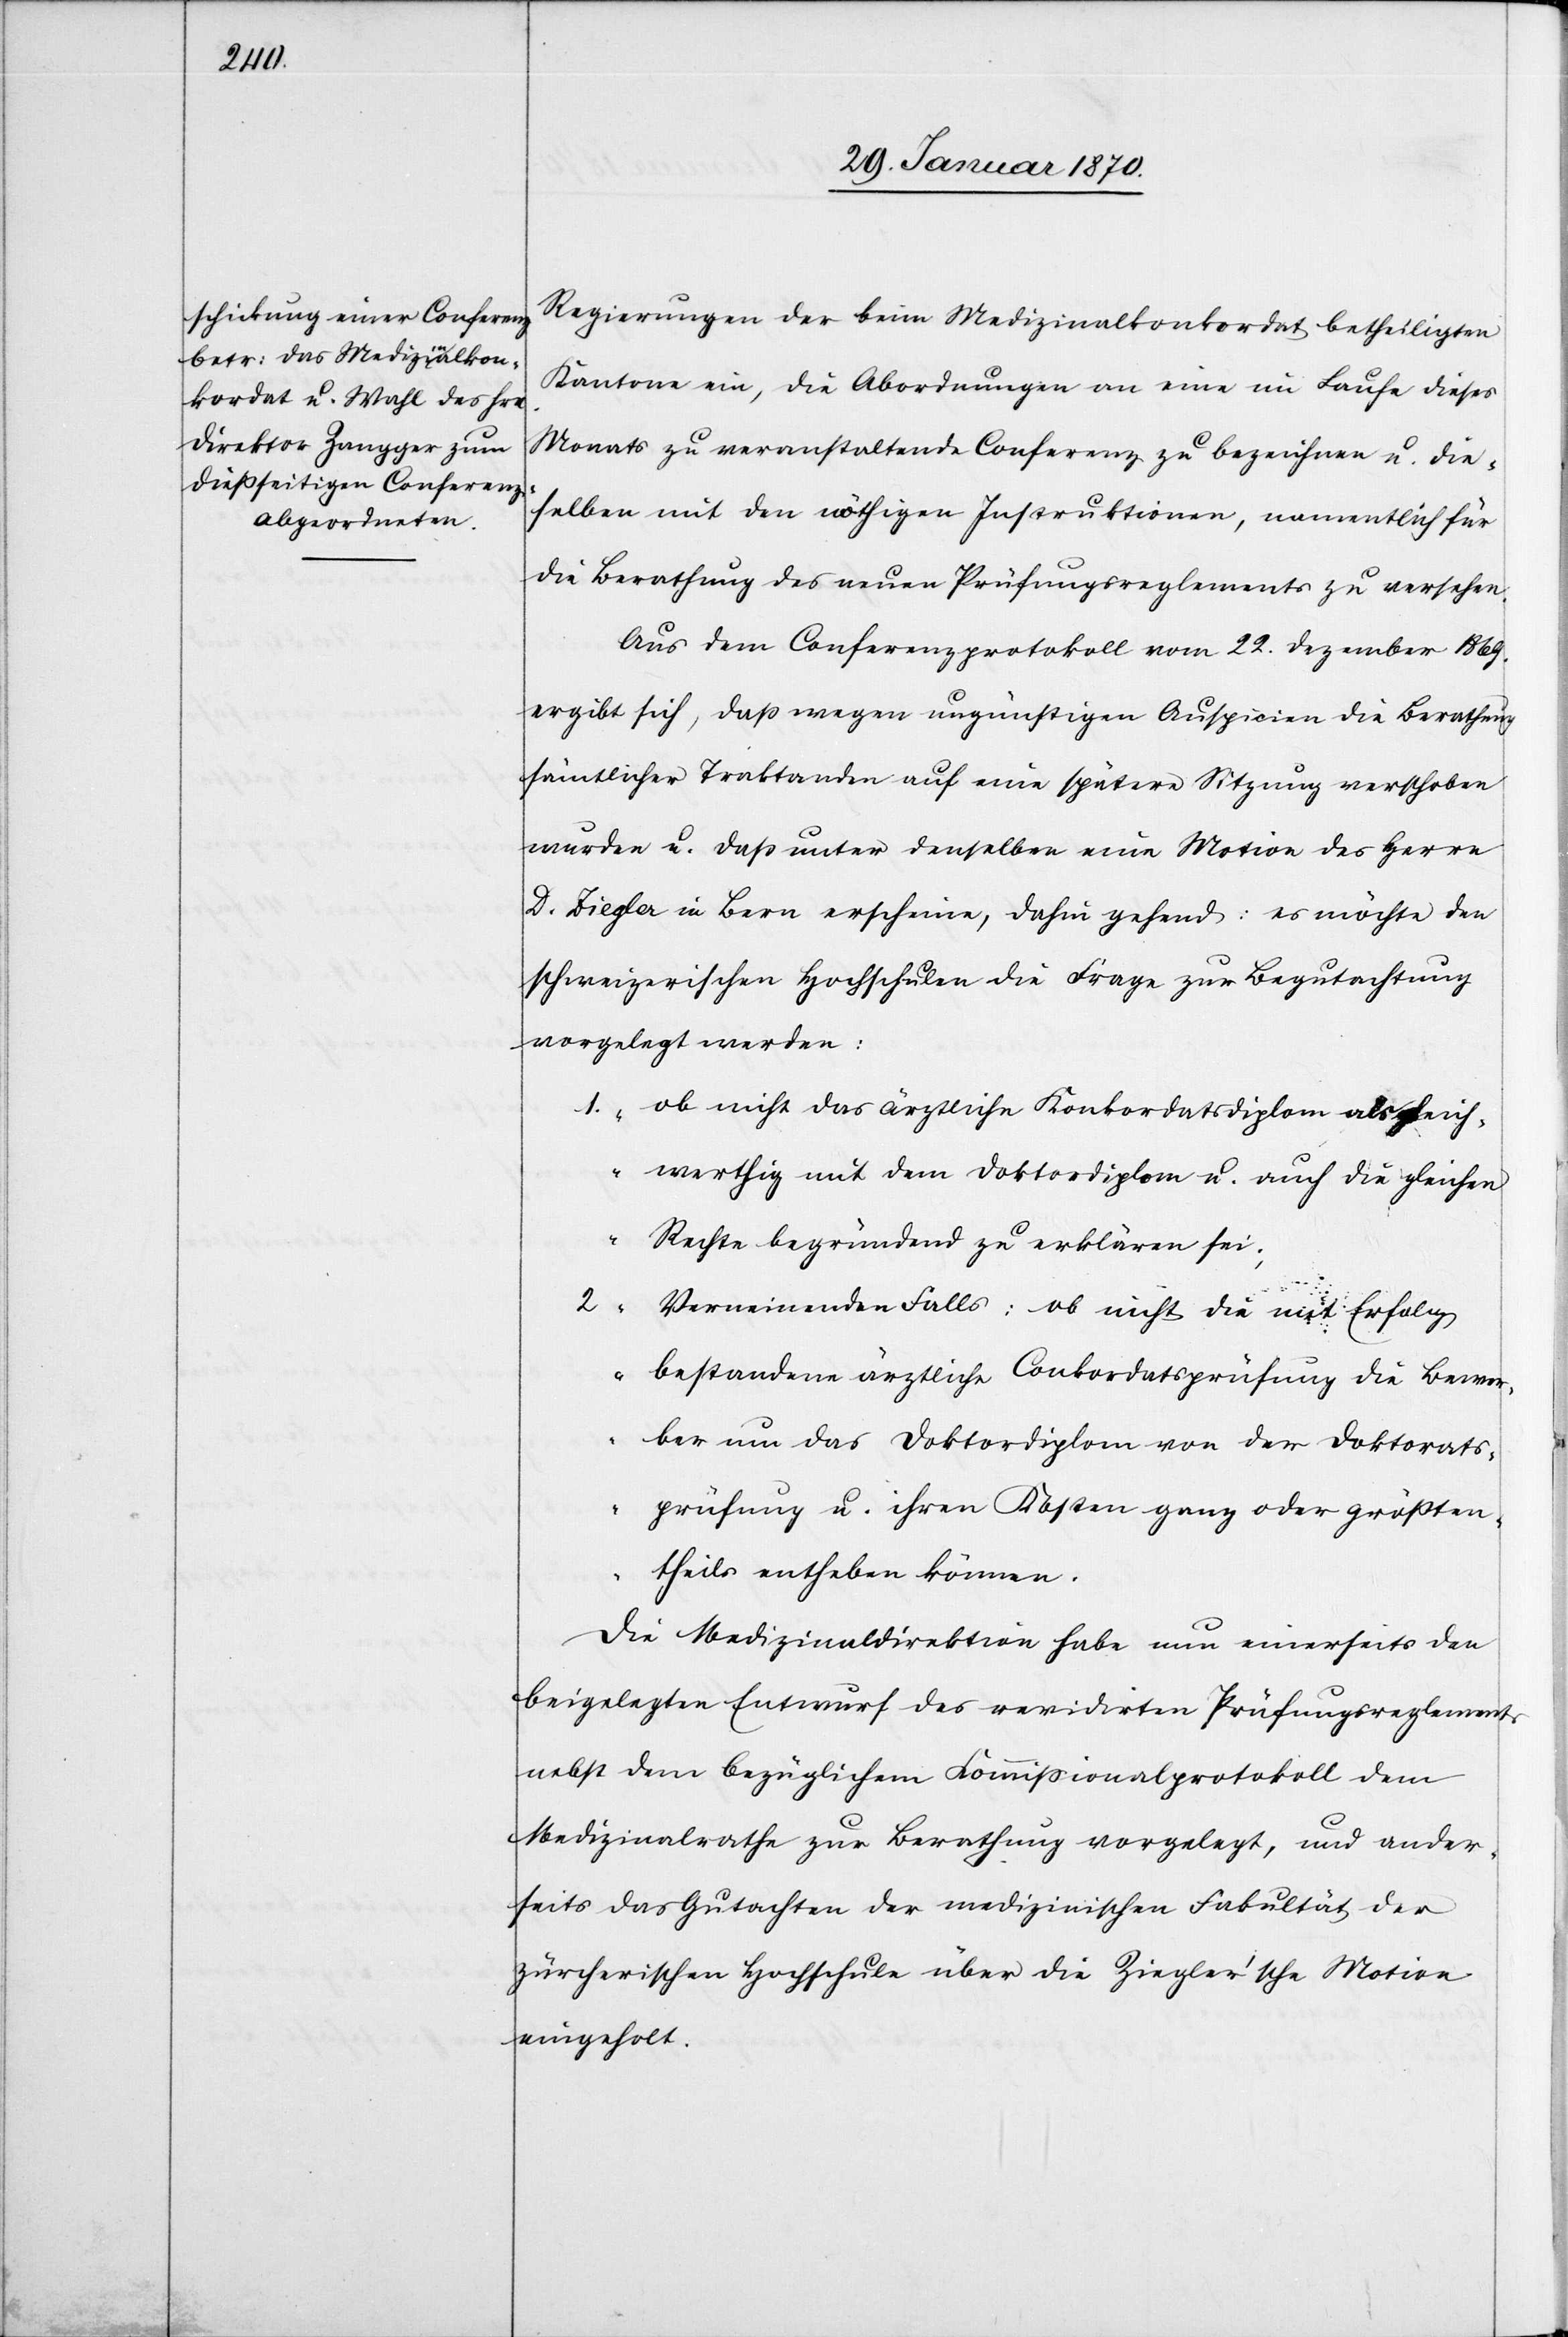
Regierungen der beim Medizinalkonkordat betheiligten
Kantone ein, die Abordnungen an eine im Laufe dieses
Monats zu veranstaltende Conferenz zu bezeichnen u. die¬
selben mit den nöthigen Instruktionen, namentlich für
die Berathung des neuen Prüfungsreglements zu versehen.
Aus dem Conferenzprotokoll vom 22. Dezember 1869.
ergibt sich, daß wegen ungünstigen Auspicien die Berathung
sämtlicher Traktanden auf eine spätere Sitzung verschoben
wurden [sic!] u. daß unter denselben eine Motion des Herrn
D. Ziegler in Bern erscheine, dahin gehend: es möchte den
schweizerischen Hochschulen die Frage zur Begutachtung
vorgelegt werden:
1. „ob nicht das ärztliche Konkordatsdiplom als gleich¬
werthig mit dem Doktordiplom u. auch die gleichen
Rechte begründend zu erklären sei;
2.
Verneinenden Falls: ob nicht die mit Erfolg
bestandene ärztliche Conkordatsprüfung die Bewer¬
ber um das Doktordiplom von der Doktorats¬
prüfung u. ihren Kosten ganz oder größten¬
theils entheben können
Die Medizinaldirektion habe nun einerseits den
beigelegten Entwurf des revidirten Prüfungsreglements
nebst dem bezüglichem Kommissionalprotokoll dem
Medizinalrathe zur Berathung vorgelegt, und ander¬
seits das Gutachten der medizinischen Fakultät der
zürcherischen Hochschule über die Ziegler’sche[n] Motive
eingeholt.